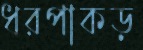
ধরপাকড়